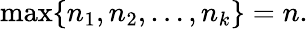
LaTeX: \operatorname*{max}\{ n_{1},n_{2},\ldots,n_{k}\} =n.